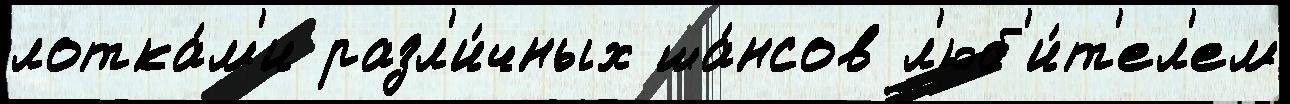
лотка́м'и разл'и́чных ша́нсов л'юб'и́т'ел'ем